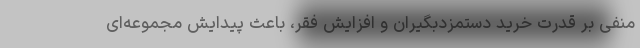
منفی بر قدرت خرید دستمزدبگیران و افزایش فقر، باعث پیدایش مجموعه‌ای